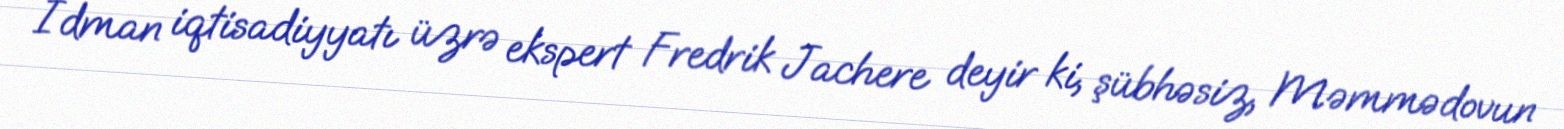
İdman iqtisadiyyatı üzrə ekspert Fredrik Jachere deyir ki, şübhəsiz, Məmmədovun